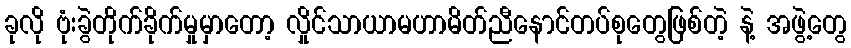
ခုလို ဗုံးခွဲတိုက်ခိုက်မှုမှာတော့ လှိုင်သာယာမဟာမိတ်ညီနောင်တပ်စုတွေဖြစ်တဲ့ နဲ့ အဖွဲ့တွေ